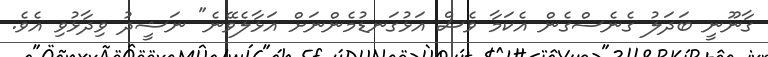
ގާނޫނީ ބަދަލު ގެނެސްގެން އެކަމާ ވެސް އަޅުގަނޑުމެންނަށް އަޅާލެވޭނެ" ނަޝީދު ވިދާޅުވި އެވެ.